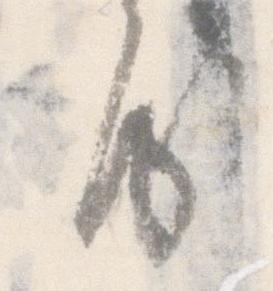
房